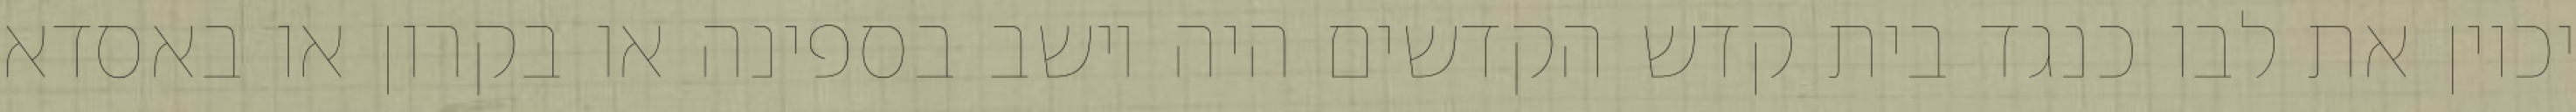
יכוין את לבו כנגד בית קדש הקדשים היה יושב בספינה או בקרון או באסדא